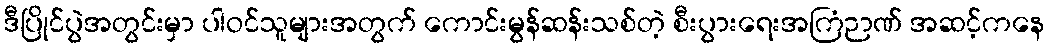
ဒီပြိုင်ပွဲအတွင်းမှာ ပါဝင်သူများအတွက် ကောင်းမွန်ဆန်းသစ်တဲ့ စီးပွားရေးအကြံဉာဏ် အဆင့်ကနေ